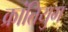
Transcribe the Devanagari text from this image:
क्रांतियुग